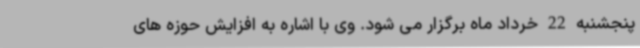
پنجشنبه 22 خرداد ماه برگزار می شود. وی با اشاره به افزایش حوزه های